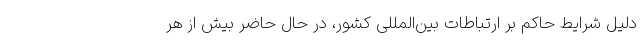
دلیل شرایط حاکم بر ارتباطات بین‌المللی کشور، در حال حاضر بیش از هر